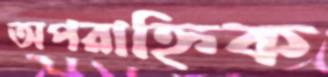
অপরাহ্নিক